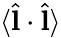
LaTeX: \langle\hat{\mathbf l}\cdot\hat{\mathbf l}\rangle